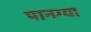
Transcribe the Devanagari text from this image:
पानग्या